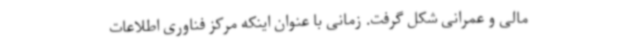
مالی و عمرانی شکل گرفت. زمانی با عنوان اینکه مرکز فناوری اطلاعات